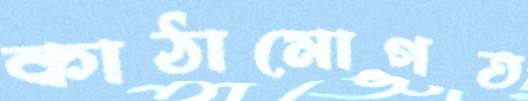
কাঠামোগত